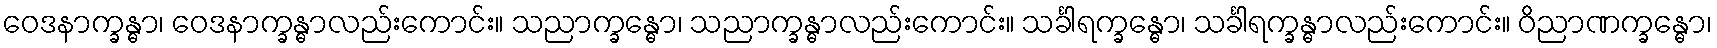
ဝေဒနာက္ခန္ဓာ၊ ဝေဒနာက္ခန္ဓာလည်းကောင်း။ သညာက္ခန္ဓော၊ သညာက္ခန္ဓာလည်းကောင်း။ သင်္ခါရက္ခန္ဓော၊ သင်္ခါရက္ခန္ဓာလည်းကောင်း။ ဝိညာဏက္ခန္ဓော၊